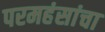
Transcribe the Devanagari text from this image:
परमहंसांचा